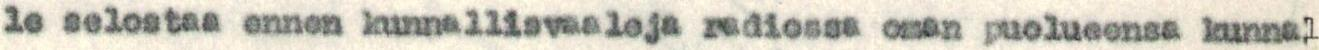
le selostaa ennen kunnallisvaaleja radiossa oman puolueensa kunnal